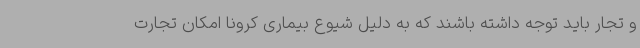
و تجار باید توجه داشته باشند که به دلیل شیوع بیماری کرونا امکان تجارت